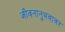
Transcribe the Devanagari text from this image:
जीवनानुभवावर